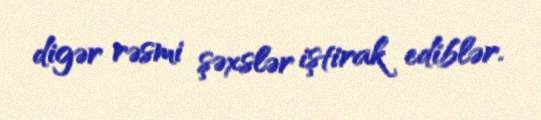
digər rəsmi şəxslər iştirak ediblər.